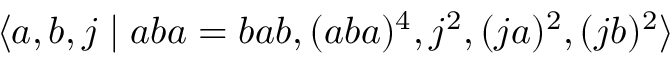
\langle a , b , j \mid a b a = b a b , ( a b a ) ^ { 4 } , j ^ { 2 } , ( j a ) ^ { 2 } , ( j b ) ^ { 2 } \rangle